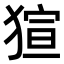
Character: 𤟿